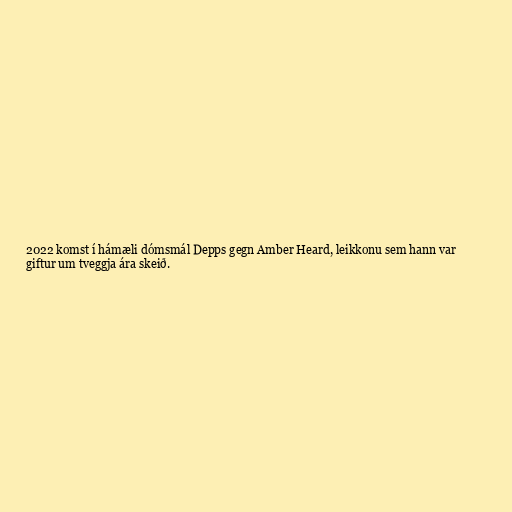
2022 komst í hámæli dómsmál Depps gegn Amber Heard, leikkonu sem hann var
giftur um tveggja ára skeið.